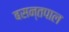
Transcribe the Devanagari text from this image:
बसन्तपाल